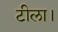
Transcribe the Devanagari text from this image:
टीला।